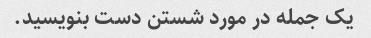
یک جمله در مورد شستن دست بنویسید.